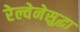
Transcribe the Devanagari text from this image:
रेल्वेनेसुद्धा